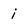
Character: i